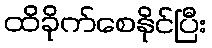
ထိခိုက်စေနိုင်ပြီး